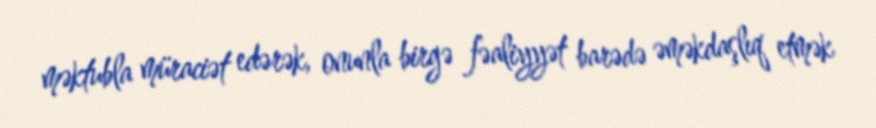
məktubla müraciət edərək, onunla birgə fəaliyyət barədə əməkdaşlıq etmək